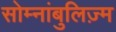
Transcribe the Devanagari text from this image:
सोम्नांबुलिज़्म